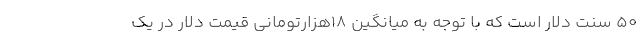
50 سنت دلار است که با توجه به میانگین 18هزارتومانی قیمت دلار در یک